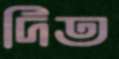
দিত